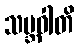
သမ္ဘဝါတိ